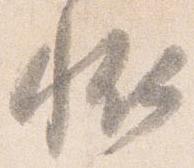
恠